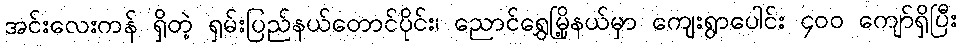
အင်းလေးကန် ရှိတဲ့ ရှမ်းပြည်နယ်တောင်ပိုင်း၊ ညောင်ရွှေမြို့နယ်မှာ ကျေးရွာပေါင်း ၄၀၀ ကျော်ရှိပြီး